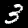
Label: 3